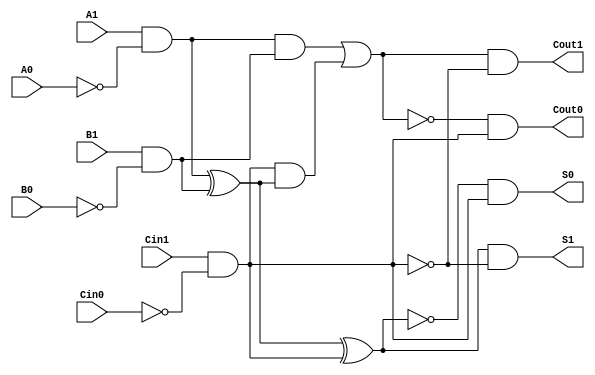
module dual_rail_full_adder (
    input wire A1, A0, // Dual-rail representation of input A
    input wire B1, B0, // Dual-rail representation of input B
    input wire Cin1, Cin0, // Dual-rail representation of carry-in
    output wire S1, S0, // Dual-rail representation of sum output
    output wire Cout1, Cout0 // Dual-rail representation of carry output
);

// Internal signals for intermediate calculations
wire A, B, Cin; // Single-rail representations
wire sum, carry; // Single-rail representations for sum and carry

// Decode dual-rail inputs to single-rail signals
assign A = A1 & ~A0; // A is true if A1 is high and A0 is low
assign B = B1 & ~B0; // B is true if B1 is high and B0 is low
assign Cin = Cin1 & ~Cin0; // Cin is true if Cin1 is high and Cin0 is low

// Compute the sum and carry using combinational logic
assign sum = (A ^ B) ^ Cin; // Sum is true if (A XOR B) XOR Cin
assign carry = (A & B) | (Cin & (A ^ B)); // Carry is true if (A AND B) OR (Cin AND (A XOR B))

// Encode the sum output in dual-rail representation
assign S1 = sum & ~Cin; // S1 is true if sum is true and Cin is false
assign S0 = ~sum & Cin; // S0 is true if sum is false and Cin is true

// Encode the carry output in dual-rail representation
assign Cout1 = carry & ~Cin; // Cout1 is true if carry is true and Cin is false
assign Cout0 = ~carry & Cin; // Cout0 is true if carry is false and Cin is true

endmodule